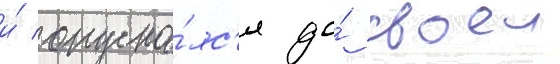
и́ опуска́лс'я до́ своеи